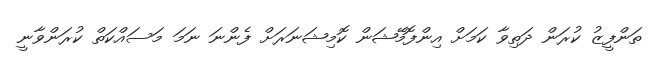
ތަންފީޒު ކުރަން ދަތިވާ ކަމަށް އިންފޮމޭޝަން ކޮމިޝަނަރަށް ފެންނަ ނަމަ މަސައްކަތް ކުރަންވާނީ